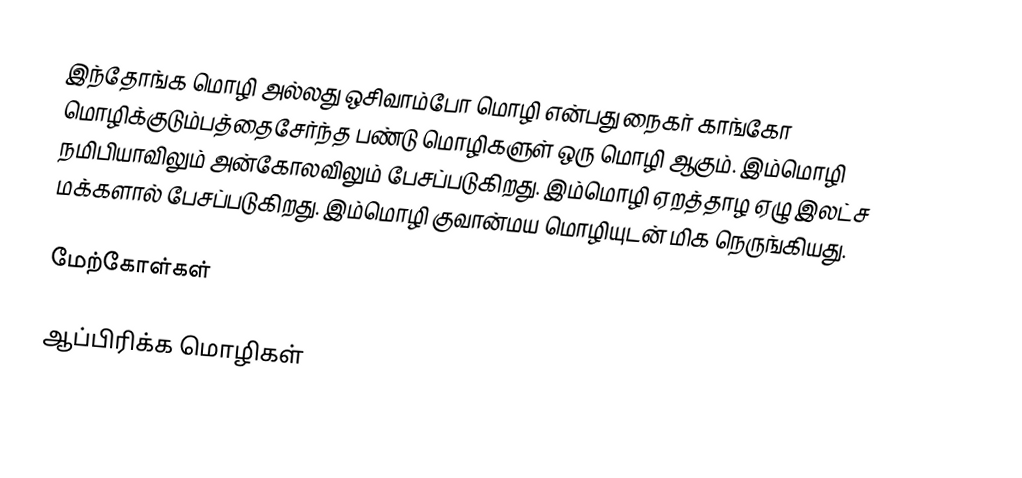
இந்தோங்க மொழி அல்லது ஒசிவாம்போ மொழி என்பது நைகர் காங்கோ மொழிக்குடும்பத்தைசேர்ந்த பண்டு மொழிகளுள் ஒரு மொழி ஆகும். இம்மொழி நமிபியாவிலும் அன்கோலவிலும் பேசப்படுகிறது. இம்மொழி ஏறத்தாழ ஏழு இலட்ச மக்களால் பேசப்படுகிறது. இம்மொழி குவான்மய மொழியுடன் மிக நெருங்கியது.

மேற்கோள்கள்

ஆப்பிரிக்க மொழிகள்